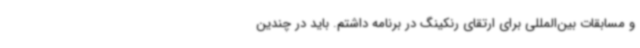
و مسابقات بین‌المللی برای ارتقای رنکینگ در برنامه داشتم. باید در چندین